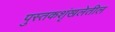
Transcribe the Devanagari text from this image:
पुस्तकशृंखलेतील